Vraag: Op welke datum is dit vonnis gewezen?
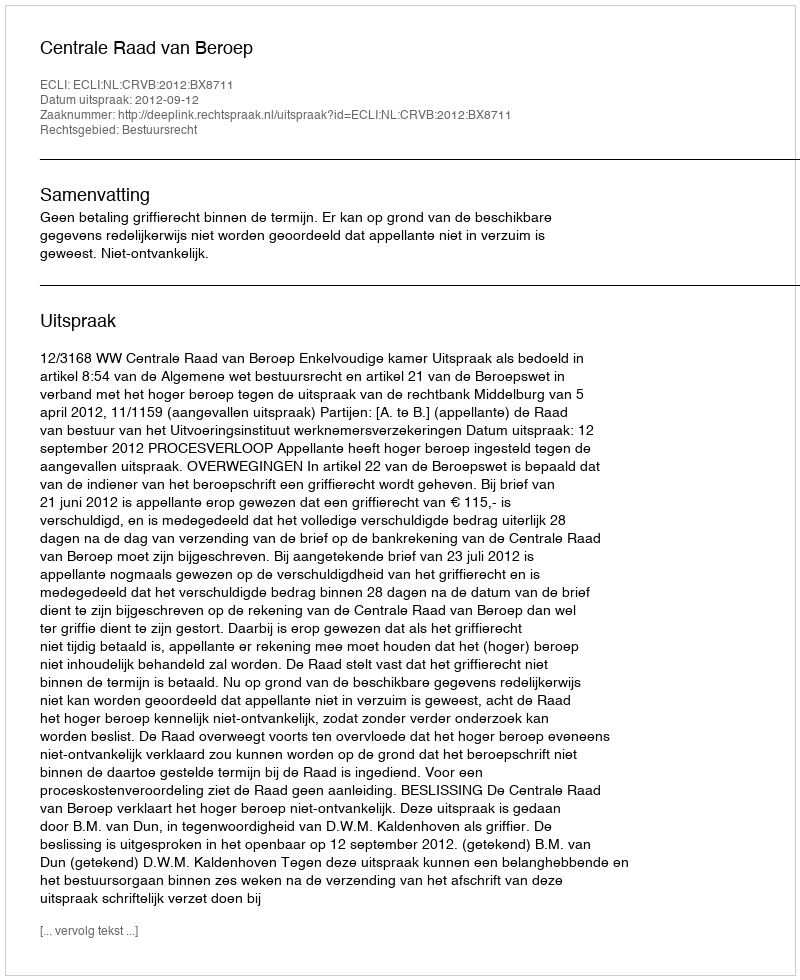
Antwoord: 2012-09-12